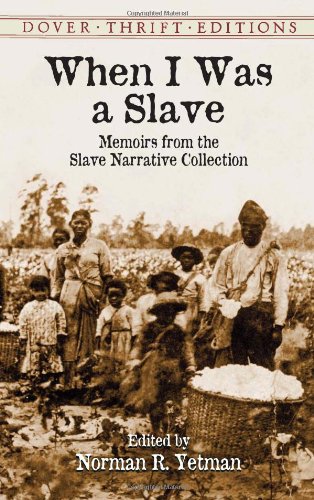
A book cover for When I Was a Slave: Memoirs from the Slave Narrative Collection (Dover Thrift Editions); Biographies & Memoirs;